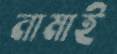
নামাই